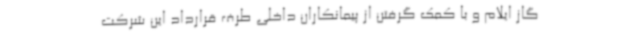
گاز ایلام و با کمک گرفتن از پیمانکاران داخلی طرف قرارداد این شرکت